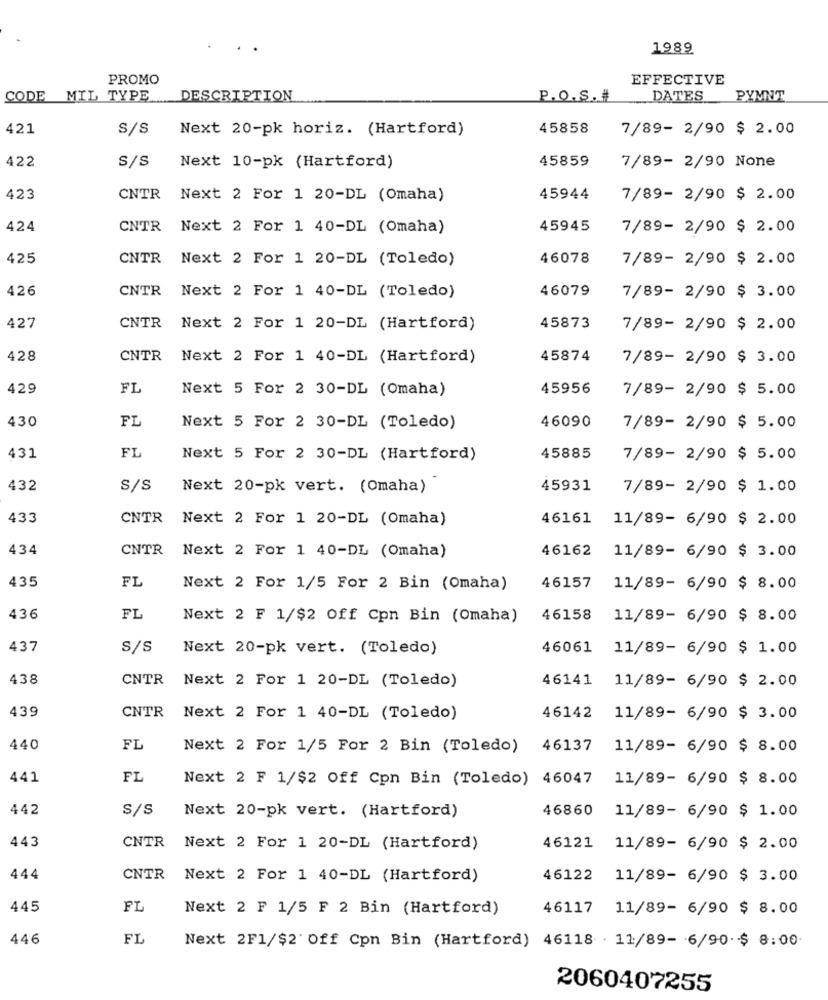
1989
PROMO
EFFECTIVE
CODE
MIL TYPE
DESCRIPTION
P.O.S.#
DATES
PYMNT
421
S/S
Next 20-pk horiz. (Hartford)
45858
7/89- 2/90 $ 2.00
422
S/s
45859
7/89- 2/90 None
Next 10-pk (Hartford)
423
CNTR
Next 2 For 1 20-DL (Omaha)
45944
7/89- 2/90 $ 2.00
424
CNTR
Next 2 For 1 40-DL (Omaha)
45945
7/89- 2/90 $ 2.00
425
CNTR
Next 2 For 1 20-DL (Toledo)
46078
7/89- 2/90 $ 2.00
426
CNTR
46079
Next 2 For 1 40-DL (Toledo)
7/89- 2/90 $ 3.00
427
CNTR
Next 2 For 1 20-DL (Hartford)
45873
7/89- 2/90 $ 2.00
428
CNTR
Next 2 For 1 40-DL (Hartford)
45874
7/89- 2/90 $ 3.00
429
FL
Next 5 For 2 30-DL (Omaha)
45956
7/89- 2/90 $ 5.00
430
FI
Next 5 For 2 30-DL (Toledo)
46090
7/89- 2/90 $ 5.00
FL
431
Next 5 For 2 30-DL (Hartford)
45885
7/89- 2/90 $ 5.00
432
S/S
Next 20-pk vert. (Omaha)
45931
7/89- 2/90 $ 1.00
433
CNTR
Next 2 For 1 20-DL (Omaha)
46161
11/89- 6/90 $ 2.00
434
CNTR
46162
Next 2 For 1 40-DL (Omaha)
11/89- 6/90 $ 3.00
435
FL
Next 2 For 1/5 For 2 Bin (Omaha)
46157
11/89- 6/90 $ 8.00
436
FL
Next 2 F 1/$2 Off Cpn Bin (Omaha)
46158
11/89- 6/90 $ 8.00
437
S/S
Next 20-pk vert. (Toledo)
46061
11/89- 6/90 $ 1.00
438
CNTR
46141
Next 2 For 1 20-DL (Toledo)
11/89- 6/90 $ 2.00
439
CNTR
Next 2 For 1 40-DL (Toledo)
46142
11/89- 6/90 $ 3.00
440
FL
Next 2 For 1/5 For 2 Bin (Toledo)
46137
11/89- 6/90 $ 8.00
441
FL
Next 2 F 1/$2 Off Con Bin (Toledo) 46047
11/89- 6/90 $ 8.00
442
S/s
46860
Next 20-pk vert. (Hartford)
11/89- 6/90 $ 1.00
443
CNTR
Next 2 For 1 20-DL (Hartford)
46121
11/89- 6/90 $ 2.00
444
CNTR Next 2 For 1 40-DL (Hartford)
46122
11/89- 6/90 $ 3.00
445
FL
Next 2 F 1/5 F 2 Bin (Hartford)
46117
11/89- 6/90 $ 8.00
446
FL
Next 2F1/$2' Off Cpn Bin (Hartford) 46118 . 11/89- 6/90 $ 8:00
2060407255